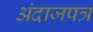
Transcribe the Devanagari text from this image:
अंदाजपत्र